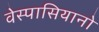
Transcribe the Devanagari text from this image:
वेस्पासियानो